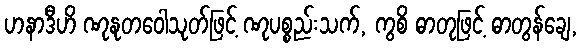
ဟနာဒီဟိ ဏုနုတဝေါသုတ်ဖြင့် ဏုပစ္စည်းသက်, ကွစိ ဓာတုဖြင့် ဓာတွန်ချေ,